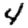
Digit: 4